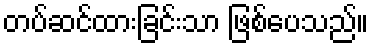
တပ်ဆင်ထားခြင်းသာ ဖြစ်ပေသည်။